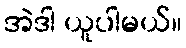
အဲဒါ ယူပါမယ်။